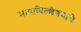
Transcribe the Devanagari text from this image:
भाषाविल्शेषणाचे